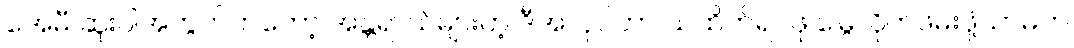
အေမီ ဆူးဝါအတွက်ကတော့ အန္တရာယ်များတဲ့ ဒီအလုပ်ဟာ သဲထိတ်ရင်ဖို မြွေလိုက်ဖမ်းဖို့သာမက